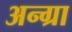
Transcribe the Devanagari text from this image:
अन्ग्रा